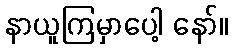
နာယူကြမှာပေါ့ နော်။